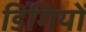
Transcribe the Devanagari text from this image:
डिंगियों